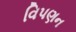
વિપણન